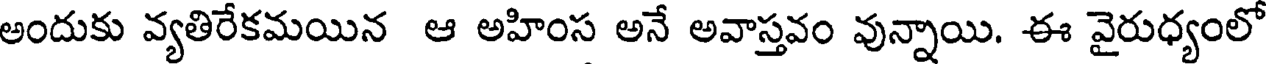
అందుకు వ్యతిరేకమయిన ఆ అహింస అనే అవాస్తవం వున్నాయి. ఈ వైరుధ్యంలో